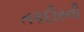
તકદીરની